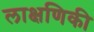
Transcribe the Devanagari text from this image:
लाक्षणिकी